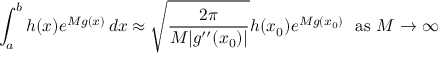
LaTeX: \int _ { a } ^ { b } h ( x ) e ^ { M g ( x ) } \, d x \approx { \sqrt { \frac { 2 \pi } { M | g ^ { \prime \prime } ( x _ { 0 } ) | } } } h ( x _ { 0 } ) e ^ { M g ( x _ { 0 } ) } \ { \mathrm { ~ a s ~ } } M \to \infty